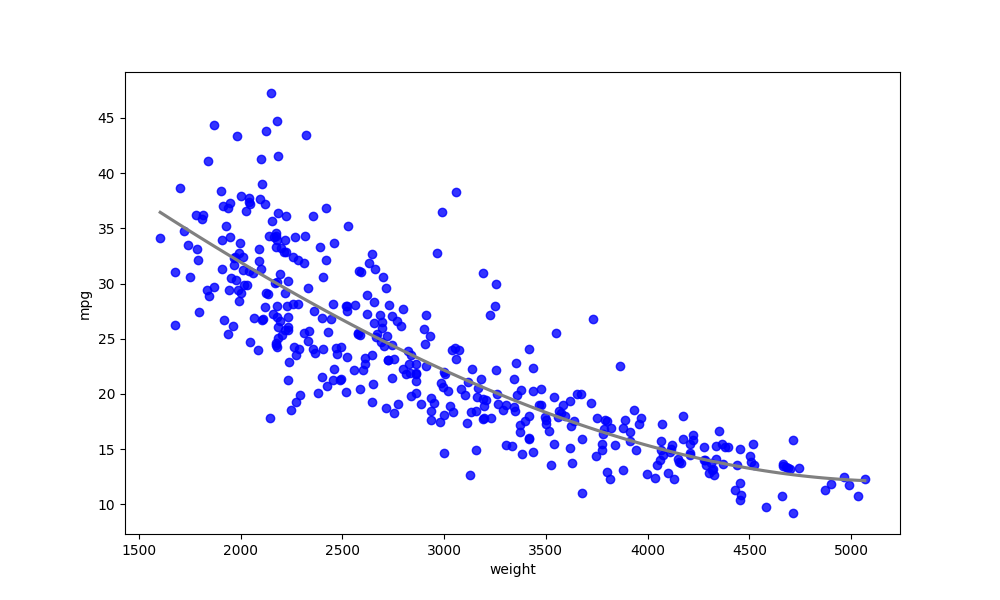
python, seaborn, regplot, order=3, ci=None, scatter_color=blue, line_color=gray